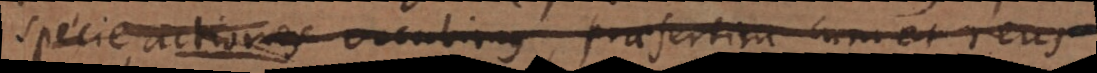
specie actiones vocabimus, praesertim cum et reus